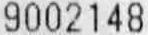
9002148